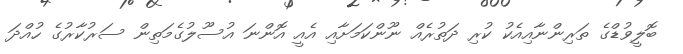
ބޮލީވުޑްގެ ތަރިންނާއިއެކު ކުރި ދަތުރެއް ނޫންކަމަށާއި އެއީ އޮންނަ އުސޫލުގެމަތިން ސަރުކާރުގެ ހުއްދަ